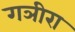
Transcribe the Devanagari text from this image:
गञीरा